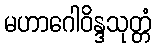
မဟာဂေါဝိန္ဒသုတ္တံ